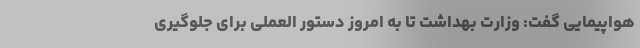
هواپیمایی گفت: وزارت بهداشت تا به امروز دستور العملی برای جلوگیری